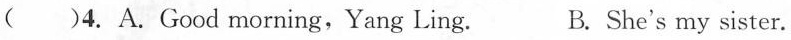
( )4. A.Good morning,Yang Ling. B. She's my sister.